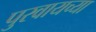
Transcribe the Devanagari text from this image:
पुरवायच्या